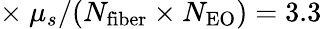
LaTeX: \times~\mu_{s}/(N_{\mathrm{fiber}}\times N_{\mathrm{EO}})=3.3